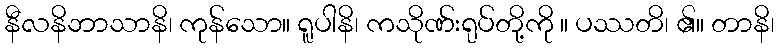
နီလနိဘာသာနိ၊ ကုန်သော။ ရူပါနိ၊ ကသိုဏ်းရုပ်တို့ကို ။ ပဿတိ၊ ၏။ တာနိ၊